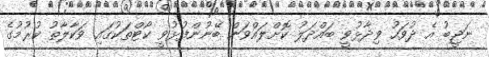
ނަޖީބު އެ ދުވަހު ވިދާޅުވީ ބައްދަލު ކޮށްލައްވަން ބޭނުންފުޅުވީ ކޯޓްތަކުގައި ވަކާލާތު ކުރުމުގެ